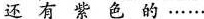
还有紫色的……